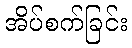
အိပ်စက်ခြင်း